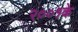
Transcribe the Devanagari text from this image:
२००१के